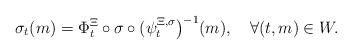
LaTeX: \begin{align*} \sigma_t(m)=\Phi^{\Xi}_t\circ\sigma\circ(\psi^{\Xi,\sigma}_t\big)^{-1}(m),\quad\forall(t,m)\in W.\end{align*}